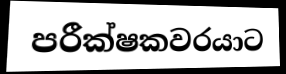
පරීක්ෂකවරයාට